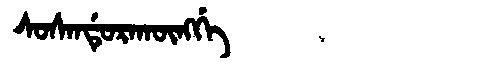
Manchu: ᠰᠣᠰᠠᠨᡩᡠᡵᠠᡴᡡᠩᡤᡝ
Romanization: SOSANDURAKŪNGGE